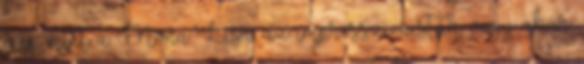
meg, mint a Mona Lisa, az impresszionisták vagy akár